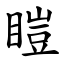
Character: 䁗